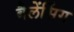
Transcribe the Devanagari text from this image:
बैलेंसिंग